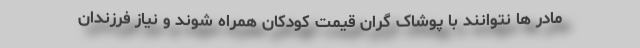
مادر ها نتوانند با پوشاک گران قیمت کودکان همراه شوند و نیاز فرزندان